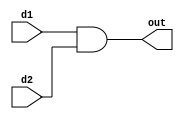
`timescale 1ns / 1ps

module and_gate(d1, d2, out);
input d1 ,d2;
output reg out;

always@(d1, d2)
begin
    out = d1 & d2;
end

endmodule